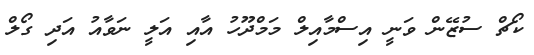
ކޯޗް ސުޒޭން ވަނީ އިސްމާއިލް މަމްދޫހު އާއި އަލީ ނަވާއު އަދި ގޯލް